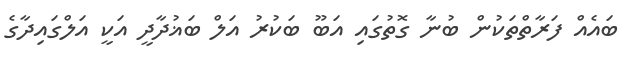
ބައެއް ފަރާތްތަކުން ބުނާ ގޮތުގައި އަބޫ ބަކުރު އަލް ބަޣުދާދީ އަކީ އަލްގައިދާގެ